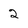
Character: 2